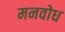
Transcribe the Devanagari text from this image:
मनवोध